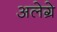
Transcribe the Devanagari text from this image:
अलेग्रे